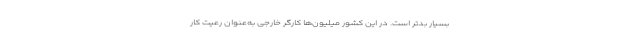
بسیار بدتر است. در این کشور میلیون‌ها کارگر خارجی به‌عنوان رعیت کار